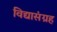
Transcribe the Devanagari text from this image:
विद्यासंग्रह